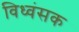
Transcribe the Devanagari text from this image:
विध्‍वंसक